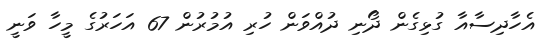
އެހާދިސާއާ ގުޅިގެން ދޯނި ދުއްވަން ހުރި އުމުރުން 67 އަހަރުގެ މީހާ ވަނީ